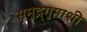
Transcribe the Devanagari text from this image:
समुद्र्गुप्ताशी